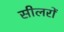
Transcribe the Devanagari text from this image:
सीलरों